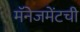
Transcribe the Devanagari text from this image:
मॅनेजमेंटची